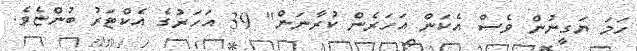
ހަމަ ޔަގީނުން ވެސް އެކަން އަހަރެން ކުރާނަން" 39 އަހަރުގެ އެކްޓަރު ބުންޏެވެ.